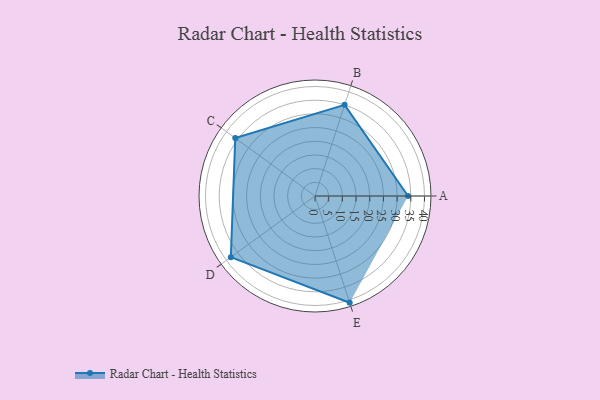
{"axis": {"x": "Skill", "y": "Score"}, "legend": ["Profile"], "data": [{"x": "A", "y": 34.0, "type": "Profile"}, {"x": "B", "y": 35.0, "type": "Profile"}, {"x": "C", "y": 36.0, "type": "Profile"}, {"x": "D", "y": 38.0, "type": "Profile"}, {"x": "E", "y": 41.0, "type": "Profile"}]}